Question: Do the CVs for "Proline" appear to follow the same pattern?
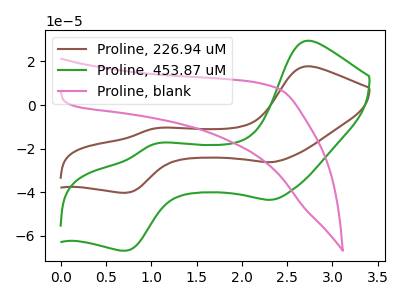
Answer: <think>The brown curve "Proline, 226.94 uM" has anodic peaks at (2.70V, 17.75uA) (1.05V, -10.75uA) and cathodic peaks at (2.30V, -26.15uA) (0.75V, -40.20uA). The green curve "Proline, 453.87 uM" has anodic peaks at (2.70V, 29.45uA) (1.05V, -17.85uA) and cathodic peaks at (2.30V, -43.45uA) (0.75V, -66.75uA). The pink curve "Proline, blank" has no peaks.
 All the peaks in "Proline, 226.94 uM" have a peak in "Proline, 453.87 uM" at the same potential. "Proline, 226.94 uM" and "Proline, blank" have a different number of peaks. "Proline, 453.87 uM" and "Proline, blank" have a different number of peaks.</think>
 <answer>All the CV's of "Proline" have similar shape.</answer>
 <eval>follow_rule</eval>